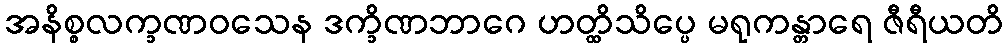
အနိစ္စလက္ခဏဝသေန ဒက္ခိဏဘာဂေ ဟတ္ထိသိပ္ပေ မရုကန္တာရေ ဇီရီယတိ